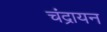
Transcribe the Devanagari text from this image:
चंद्रायन